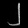
Digit: ၂